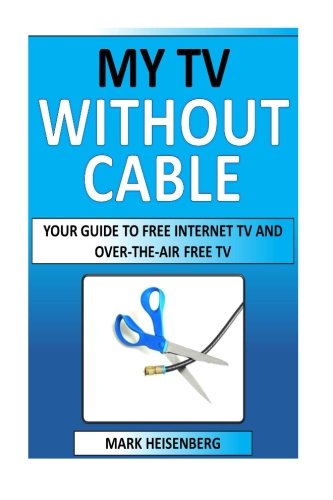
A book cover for My Tv Without Cable: Your Guide To Free Internet TV And Over-The-Air Free TV; Mark Heisenberg; Computers & Technology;